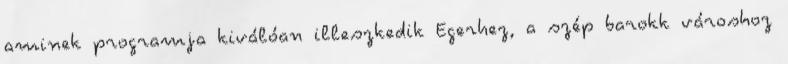
aminek programja kiválóan illeszkedik Egerhez, a szép barokk városhoz